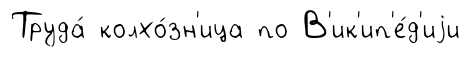
Труда́ колхо́зн'ица по В'ик'ип'е́д'иjи